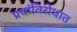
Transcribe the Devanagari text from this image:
प्रथांविरोधात